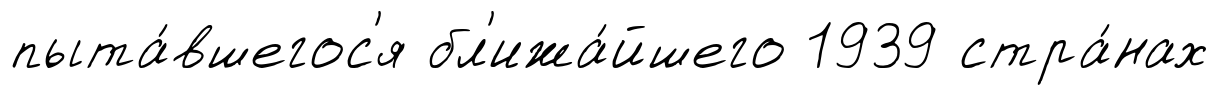
пыта́вшегос'я бл'ижа́йшего 1939 стра́нах